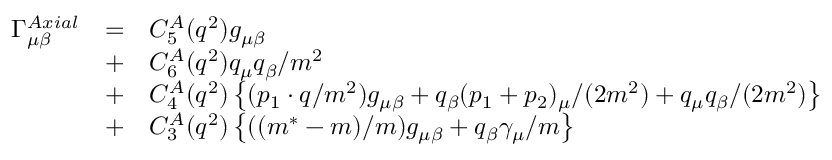
\begin{array} { c c l } { { \Gamma _ { \mu \beta } ^ { A x i a l } } } & { { = } } & { { C _ { 5 } ^ { A } ( q ^ { 2 } ) g _ { \mu \beta } } } \\ { { } } & { { + } } & { { C _ { 6 } ^ { A } ( q ^ { 2 } ) q _ { \mu } q _ { \beta } / m ^ { 2 } } } \\ { { } } & { { + } } & { { C _ { 4 } ^ { A } ( q ^ { 2 } ) \left\{ ( p _ { 1 } \cdot q / m ^ { 2 } ) g _ { \mu \beta } + q _ { \beta } ( p _ { 1 } + p _ { 2 } ) _ { \mu } / ( 2 m ^ { 2 } ) + q _ { \mu } q _ { \beta } / ( 2 m ^ { 2 } ) \right\} } } \\ { { } } & { { + } } & { { C _ { 3 } ^ { A } ( q ^ { 2 } ) \left\{ ( ( m ^ { \ast } - m ) / m ) g _ { \mu \beta } + q _ { \beta } \gamma _ { \mu } / m \right\} } } \end{array}